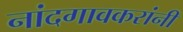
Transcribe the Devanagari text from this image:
नांदगावकरांनी